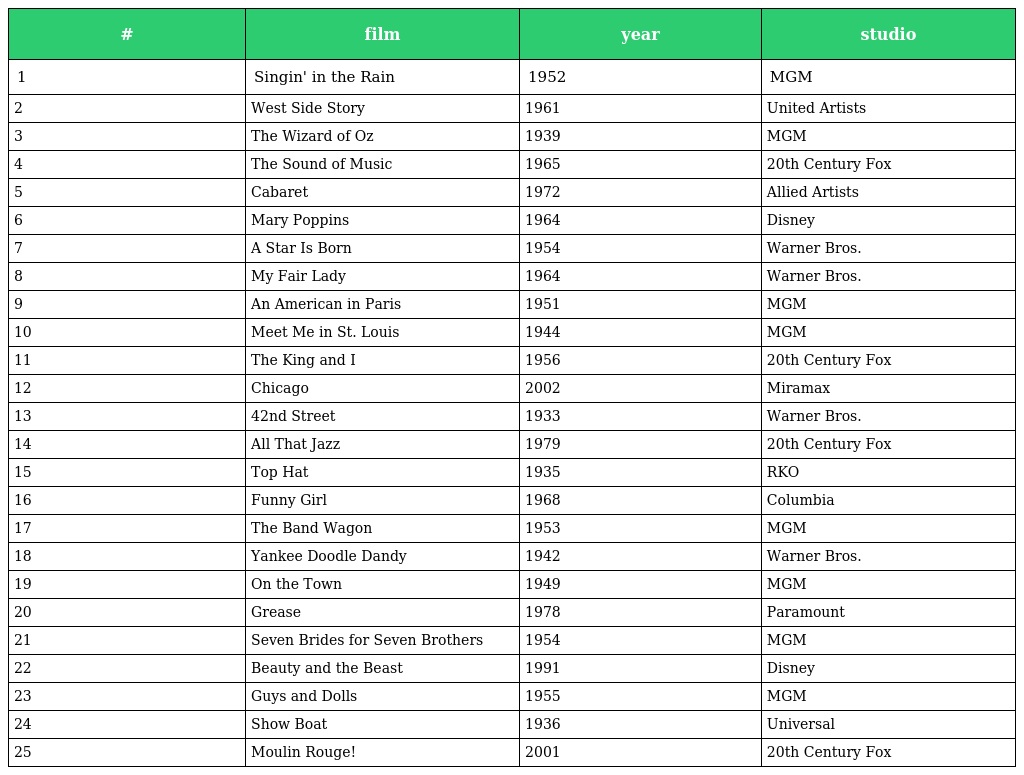
| # | film | year | studio |
 | --- | --- | --- | --- |
 | 1 | Singin' in the Rain | 1952 | MGM |
 | 2 | West Side Story | 1961 | United Artists |
 | 3 | The Wizard of Oz | 1939 | MGM |
 | 4 | The Sound of Music | 1965 | 20th Century Fox |
 | 5 | Cabaret | 1972 | Allied Artists |
 | 6 | Mary Poppins | 1964 | Disney |
 | 7 | A Star Is Born | 1954 | Warner Bros. |
 | 8 | My Fair Lady | 1964 | Warner Bros. |
 | 9 | An American in Paris | 1951 | MGM |
 | 10 | Meet Me in St. Louis | 1944 | MGM |
 | 11 | The King and I | 1956 | 20th Century Fox |
 | 12 | Chicago | 2002 | Miramax |
 | 13 | 42nd Street | 1933 | Warner Bros. |
 | 14 | All That Jazz | 1979 | 20th Century Fox |
 | 15 | Top Hat | 1935 | RKO |
 | 16 | Funny Girl | 1968 | Columbia |
 | 17 | The Band Wagon | 1953 | MGM |
 | 18 | Yankee Doodle Dandy | 1942 | Warner Bros. |
 | 19 | On the Town | 1949 | MGM |
 | 20 | Grease | 1978 | Paramount |
 | 21 | Seven Brides for Seven Brothers | 1954 | MGM |
 | 22 | Beauty and the Beast | 1991 | Disney |
 | 23 | Guys and Dolls | 1955 | MGM |
 | 24 | Show Boat | 1936 | Universal |
 | 25 | Moulin Rouge! | 2001 | 20th Century Fox |